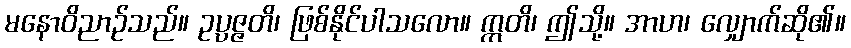
မနောဝိညာဉ်သည်။ ဥပ္ပဇ္ဇတိ၊ ဖြစ်နိုင်ပါသလော။ ဣတိ၊ ဤသို့။ အာဟ၊ လျှောက်ဆို၏။